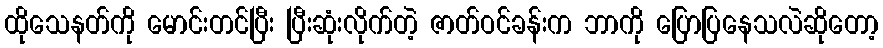
ထိုသေနတ်ကို မောင်းတင်ပြီး ပြီးဆုံးလိုက်တဲ့ ဇာတ်ဝင်ခန်းက ဘာကို ပြောပြနေသလဲဆိုတော့